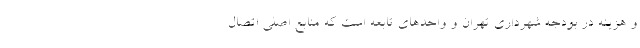
و هزینه در بودجه شهرداری تهران و واحدهای تابعه است که منابع اصلی اتصال